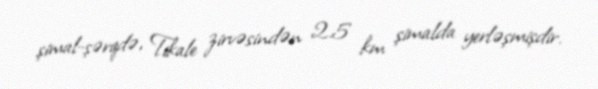
şimal-şərqdə, Tikale zirvəsindən 2.5 km şimalda yerləşmişdir.